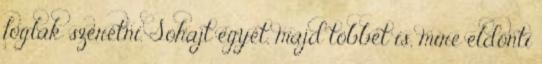
foglak szeretni. Sóhajt egyet, majd többet is, mire eldönti